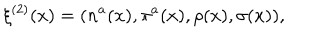
LaTeX: \xi ^ { ( 2 ) } ( x ) = ( n ^ { a } ( x ) , \pi ^ { a } ( x ) , \rho ( x ) , \sigma ( x ) ) ,